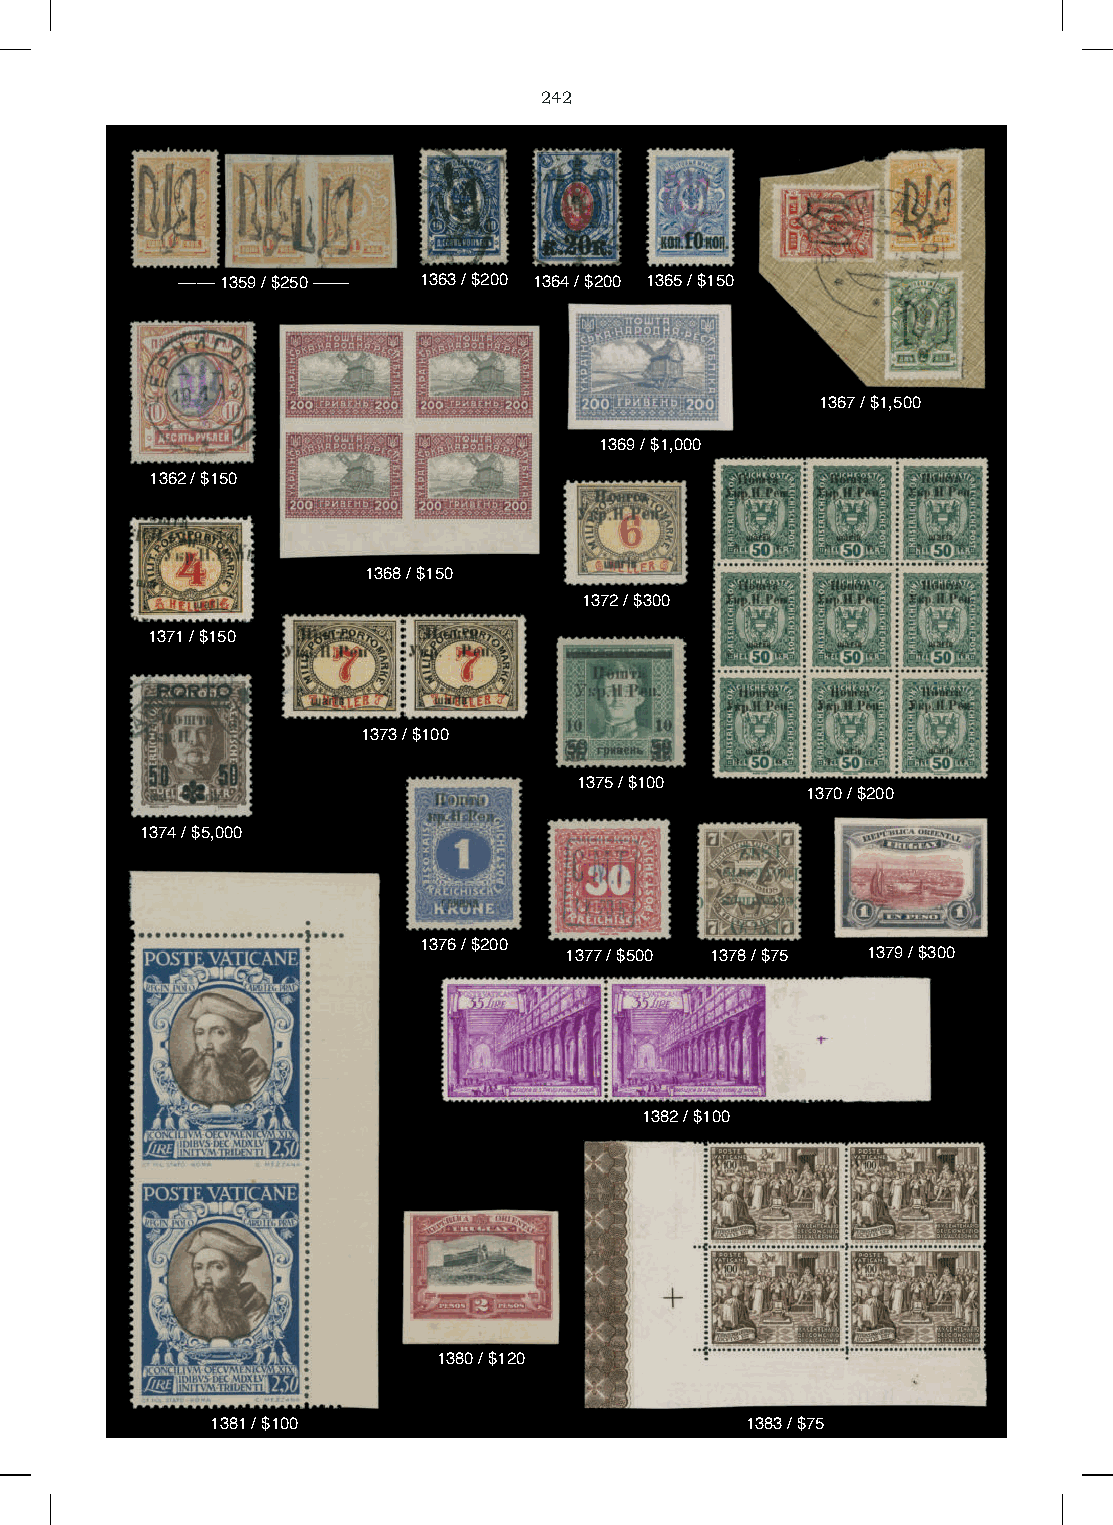
242
 –––– 1359 / $250 –––– 1363 / $200 1364 / $200 1365 / $150
 1367 / $1,500
 1369 / $1,000
 1362 / $150
 1368 / $150
 1372 / $300
 1371 / $150
 1373 / $100
 1375 / $100
 1370 / $200
 1374 / $5,000
 1376 / $200
 1377 / $500 1378 / $75 1379 / $300
 1382 / $100
 1380 / $120
 1381 / $100                        1383 / $75